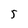
Character: 5